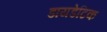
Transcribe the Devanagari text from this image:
डायडेटिक